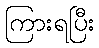
ကြားရပြီး